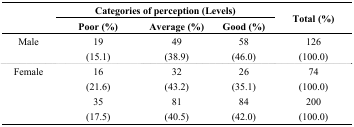
| <ROWSPAN=2>  | <COLSPAN=3> Categories of perception (Levels) | <ROWSPAN=2> Total (%) |
 | Poor (%) | Average (%) | Good (%) |
 | --- | --- | --- | --- | --- |
 | <ROWSPAN=2> Male | 19 | 49 | 58 | 126 |
 | (15.1) | (38.9) | (46.0) | (100.0) |
 | <ROWSPAN=2> Female | 16 | 32 | 26 | 74 |
 | (21.6) | (43.2) | (35.1) | (100.0) |
 | <ROWSPAN=2>  | 35 | 81 | 84 | 200 |
 | (17.5) | (40.5) | (42.0) | (100.0) |